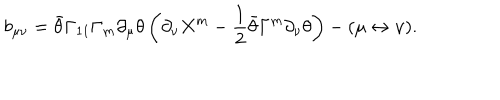
b _ { \mu \nu } = \bar { \theta } \Gamma _ { 1 1 } \Gamma _ { m } \partial _ { \mu } \theta \left( \partial _ { \nu } X ^ { m } - { \frac { 1 } { 2 } } \bar { \theta } \Gamma ^ { m } \partial _ { \nu } \theta \right) - ( \mu \leftrightarrow \nu ) .